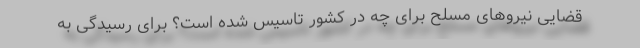
قضایی نیروهای مسلح برای چه در کشور تاسیس شده است؟ برای رسیدگی به